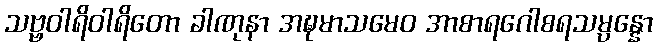
သဗ္ဗဝါရိဝါရိတော ခါဏုနာ အဍ္ဎမာသမေဝ အာစာရဂေါစရသမ္ပန္နော